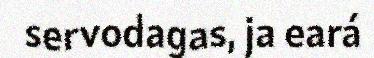
servodagas, ja eará